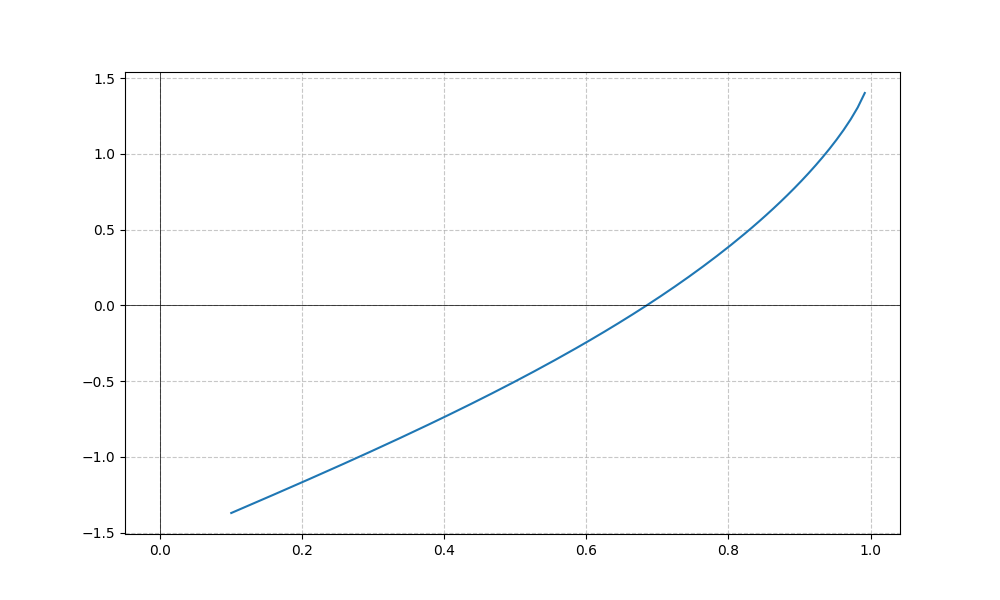
LaTeX formula: \tan{\left(x \right)} - \operatorname{acos}{\left(x \right)}